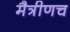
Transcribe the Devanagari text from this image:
मैत्रीणच